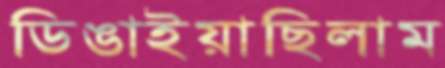
ডিঙাইয়াছিলাম